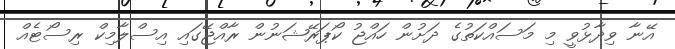
އޭނާ ވިދާޅުވީ މި މަސައްކަތުގެ ދަށުން ހައްޖު ކޯޕަރޭޝަނުން ރާއްޖޭގައި އިސްލާމިކް ރިސޯޓެއް